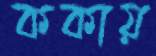
ককায়